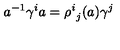
a ^ { - 1 } \gamma ^ { i } a = { \rho ^ { i } } _ { j } ( a ) \gamma ^ { j }